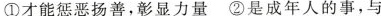
①才能惩恶扬善，彰显力量 ②是成年人的事，与